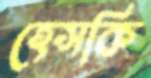
হেসকি